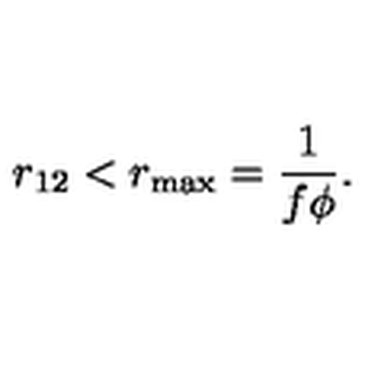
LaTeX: r _ { 1 2 } < r _ { \mathrm { m a x } } = \frac { 1 } { f \phi } .